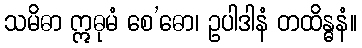
သမိဓာ ဣဓုမံ စေ’ဓော၊ ဥပါဒါနံ တထိန္ဓနံ။